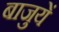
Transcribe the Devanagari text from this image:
बाजुयें